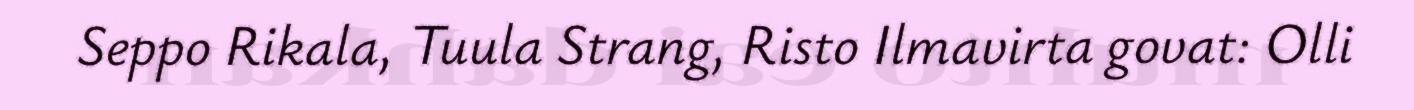
Seppo Rikala, Tuula Strang, Risto Ilmavirta govat: Olli